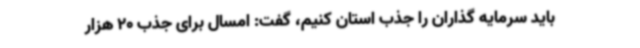
باید سرمایه گذاران را جذب استان کنیم، گفت: امسال برای جذب 20 هزار